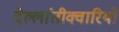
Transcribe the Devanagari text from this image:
देल्लांतीक्वारियों